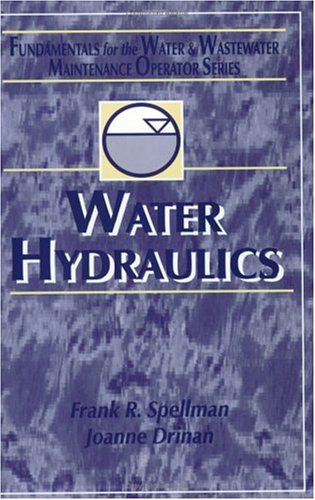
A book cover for Water Hydraulics: Fundamentals for the Water and Wastewater Maintenance Operator (Fundamentals for the Water and Wastewater Main Operator Series); Frank R. Spellman; Science & Math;